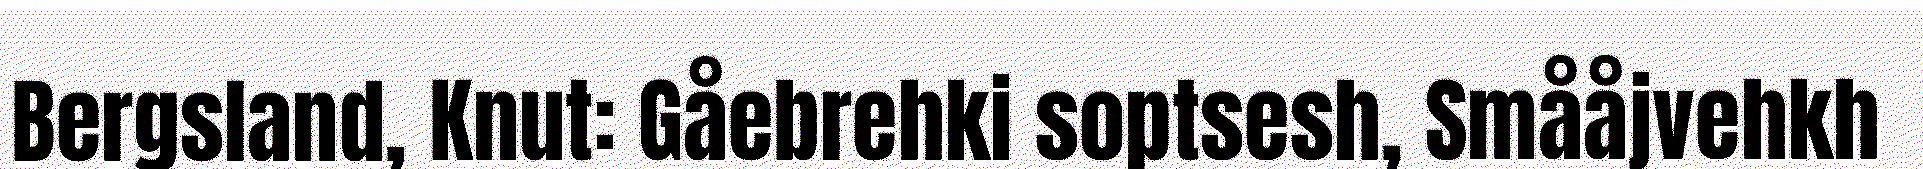
Bergsland, Knut: Gåebrehki soptsesh, Smååjvehkh